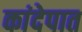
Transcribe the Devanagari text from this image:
कांदेपात